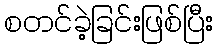
စတင်ခဲ့ခြင်းဖြစ်ပြီး